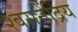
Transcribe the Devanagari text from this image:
श्वसनेंद्रिय